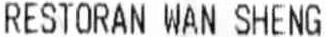
RESTORAN WAN SHENG